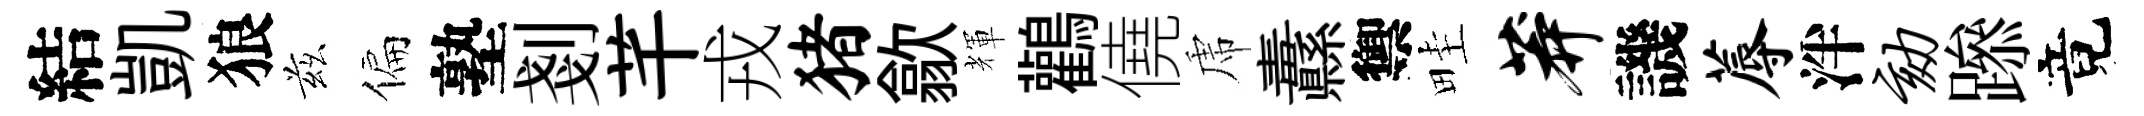
結凱狼兹偏塾剗芊戎猪歙輝鸛僥虎纛禦畦莽譏蓐泮劾𨅶竟